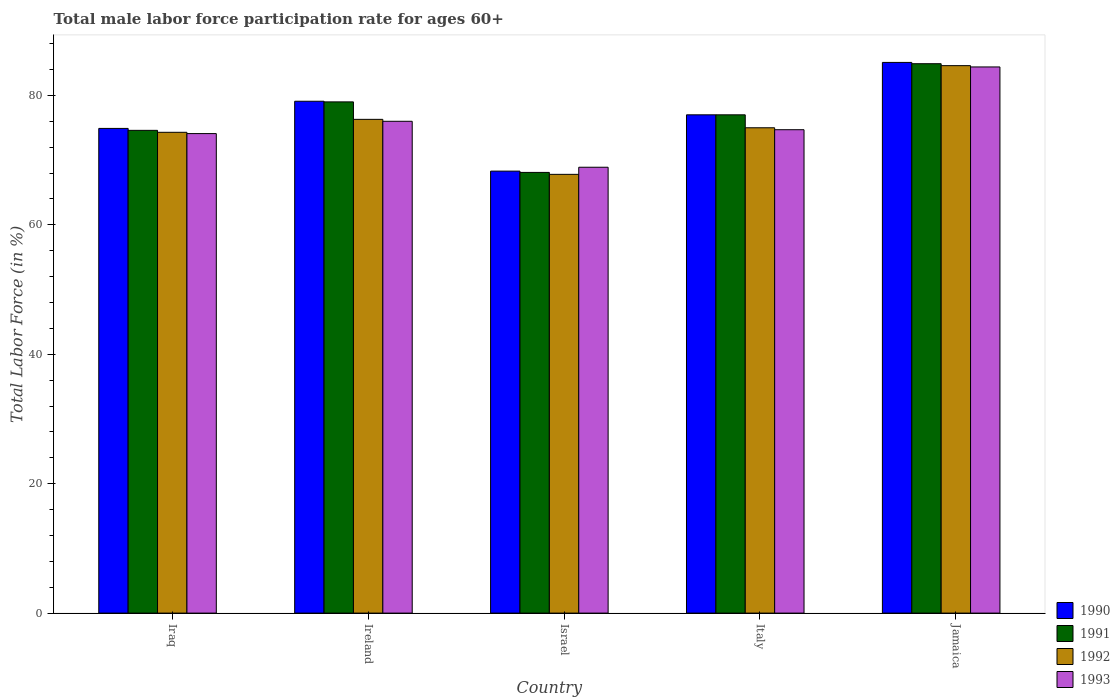
| Country | 1990 | 1991 | 1992 | 1993 |
 | --- | --- | --- | --- | --- |
 | Iraq | 74.9 | 74.6 | 74.3 | 74.1 |
 | Ireland | 79.1 | 79 | 76.3 | 76 |
 | Israel | 68.3 | 68.1 | 67.8 | 68.9 |
 | Italy | 77 | 77 | 75 | 74.7 |
 | Jamaica | 85.1 | 84.9 | 84.6 | 84.4 |